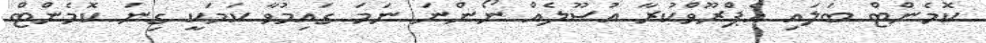
ކޮމެންޓް ބަލައި އެޕްރޫވްކުރާ އުސޫލެއް ނޯންނަ ނަމަ ގައިމުވާ ކަމަކީ ގިނަ ކޮމެންޓް